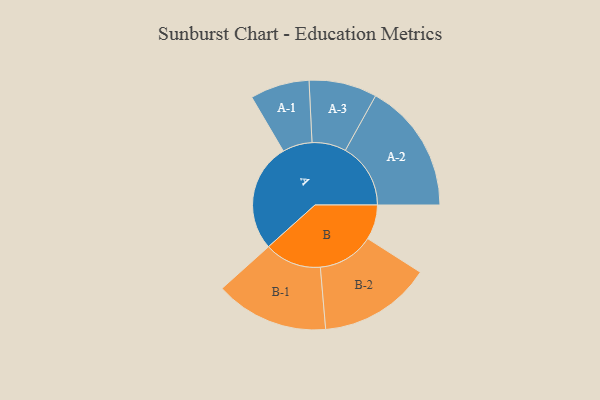
{"axis": {"x": "Segment", "y": "Value"}, "legend": ["", "A", "B"], "data": [{"x": "A", "y": 396, "type": ""}, {"x": "B", "y": 127, "type": ""}, {"x": "A-1", "y": 108, "type": "A"}, {"x": "A-2", "y": 238, "type": "A"}, {"x": "A-3", "y": 124, "type": "A"}, {"x": "B-1", "y": 207, "type": "B"}, {"x": "B-2", "y": 205, "type": "B"}]}